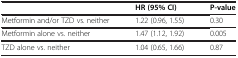
|  | HR (95% CI) | P-value |
 | --- | --- | --- |
 | Metformin and/or TZD vs. neither | 1.22 (0.96, 1.55) | 0.30 |
 | Metformin alone vs. neither | 1.47 (1.12, 1.92) | 0.005 |
 | TZD alone vs. neither | 1.04 (0.65, 1.66) | 0.87 |